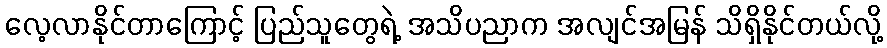
လေ့လာနိုင်တာကြောင့် ပြည်သူတွေရဲ့ အသိပညာက အလျင်အမြန် သိရှိနိုင်တယ်လို့